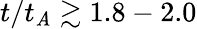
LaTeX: t/t_{\mathit{A}}\gtrsim1.8-2.0